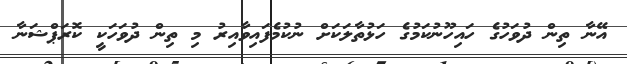
އޭނާ ތިން ދުވަހުގެ ހައިހޫނުކަމުގެ ހަޅުތާލަކަށް ނުކުމެފައިވާއިރު މި ތިން ދުވަހަކީ ކޮރަޕްޝަނާ